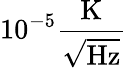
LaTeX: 10^{-5}\frac{\mathrm{K}}{\sqrt{\mathrm{Hz}}}